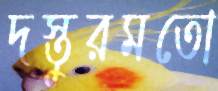
দস্তুরমতো